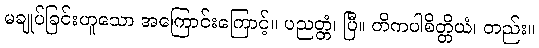
မချုပ်ခြင်းဟူသော အကြောင်းကြောင့်။ ပညတ္တံ၊ ပြီ။ တိကပါစိတ္တိယံ၊ တည်း။